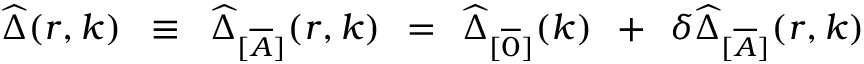
\widehat { \Delta } ( r , k ) \; \; \equiv \; \; \widehat { \Delta } _ { [ \overline { { { A } } } ] } ( r , k ) \; \, = \; \, \widehat { \Delta } _ { [ \overline { { { 0 } } } ] } ( k ) \; \, + \; \, \delta \widehat { \Delta } _ { [ \overline { { { A } } } ] } ( r , k )